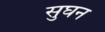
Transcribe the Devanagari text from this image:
सुघन